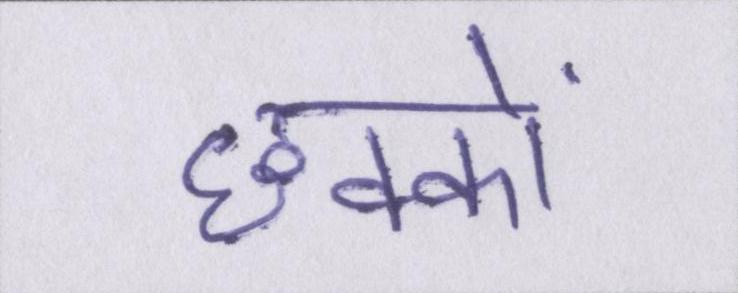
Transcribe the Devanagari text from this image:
छक्कों